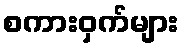
စကားဝှက်များ